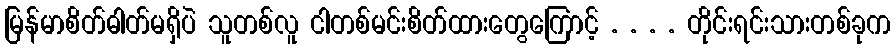
မြန်မာစိတ်ဓါတ်မရှိပဲ သူတစ်လူ ငါတစ်မင်းစိတ်ထားတွေကြောင့် . . . . တိုင်းရင်းသားတစ်ခုက